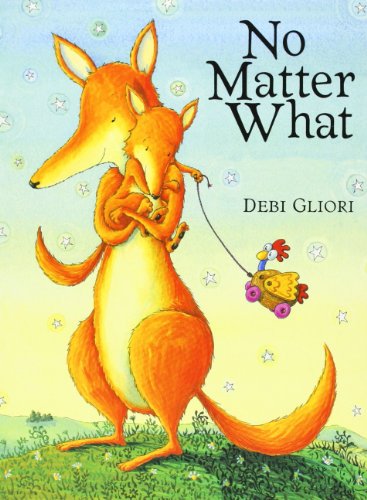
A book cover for No Matter What; Debi Gliori; Children's Books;